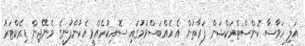
އަލި ހަވާސާ ކޮންސްޓްރަކްޝަން ފަރާތުން އެ އެއްބަސްވުމުގައި ސޮއިކުރެއްވީ އެކުންފުނީގެ މެނޭޖިން ޑިރެކްޓަރު